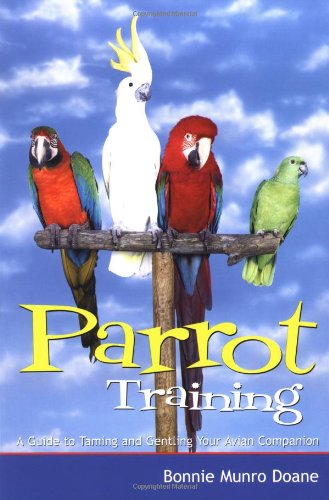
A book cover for Parrot Training: A Guide to Taming and Gentling Your Avian Companion (Pets); Bonnie Munro Doane; Crafts, Hobbies & Home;